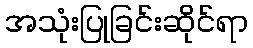
အသုံးပြုခြင်းဆိုင်ရာ